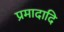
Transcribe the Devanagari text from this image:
प्रमादादि